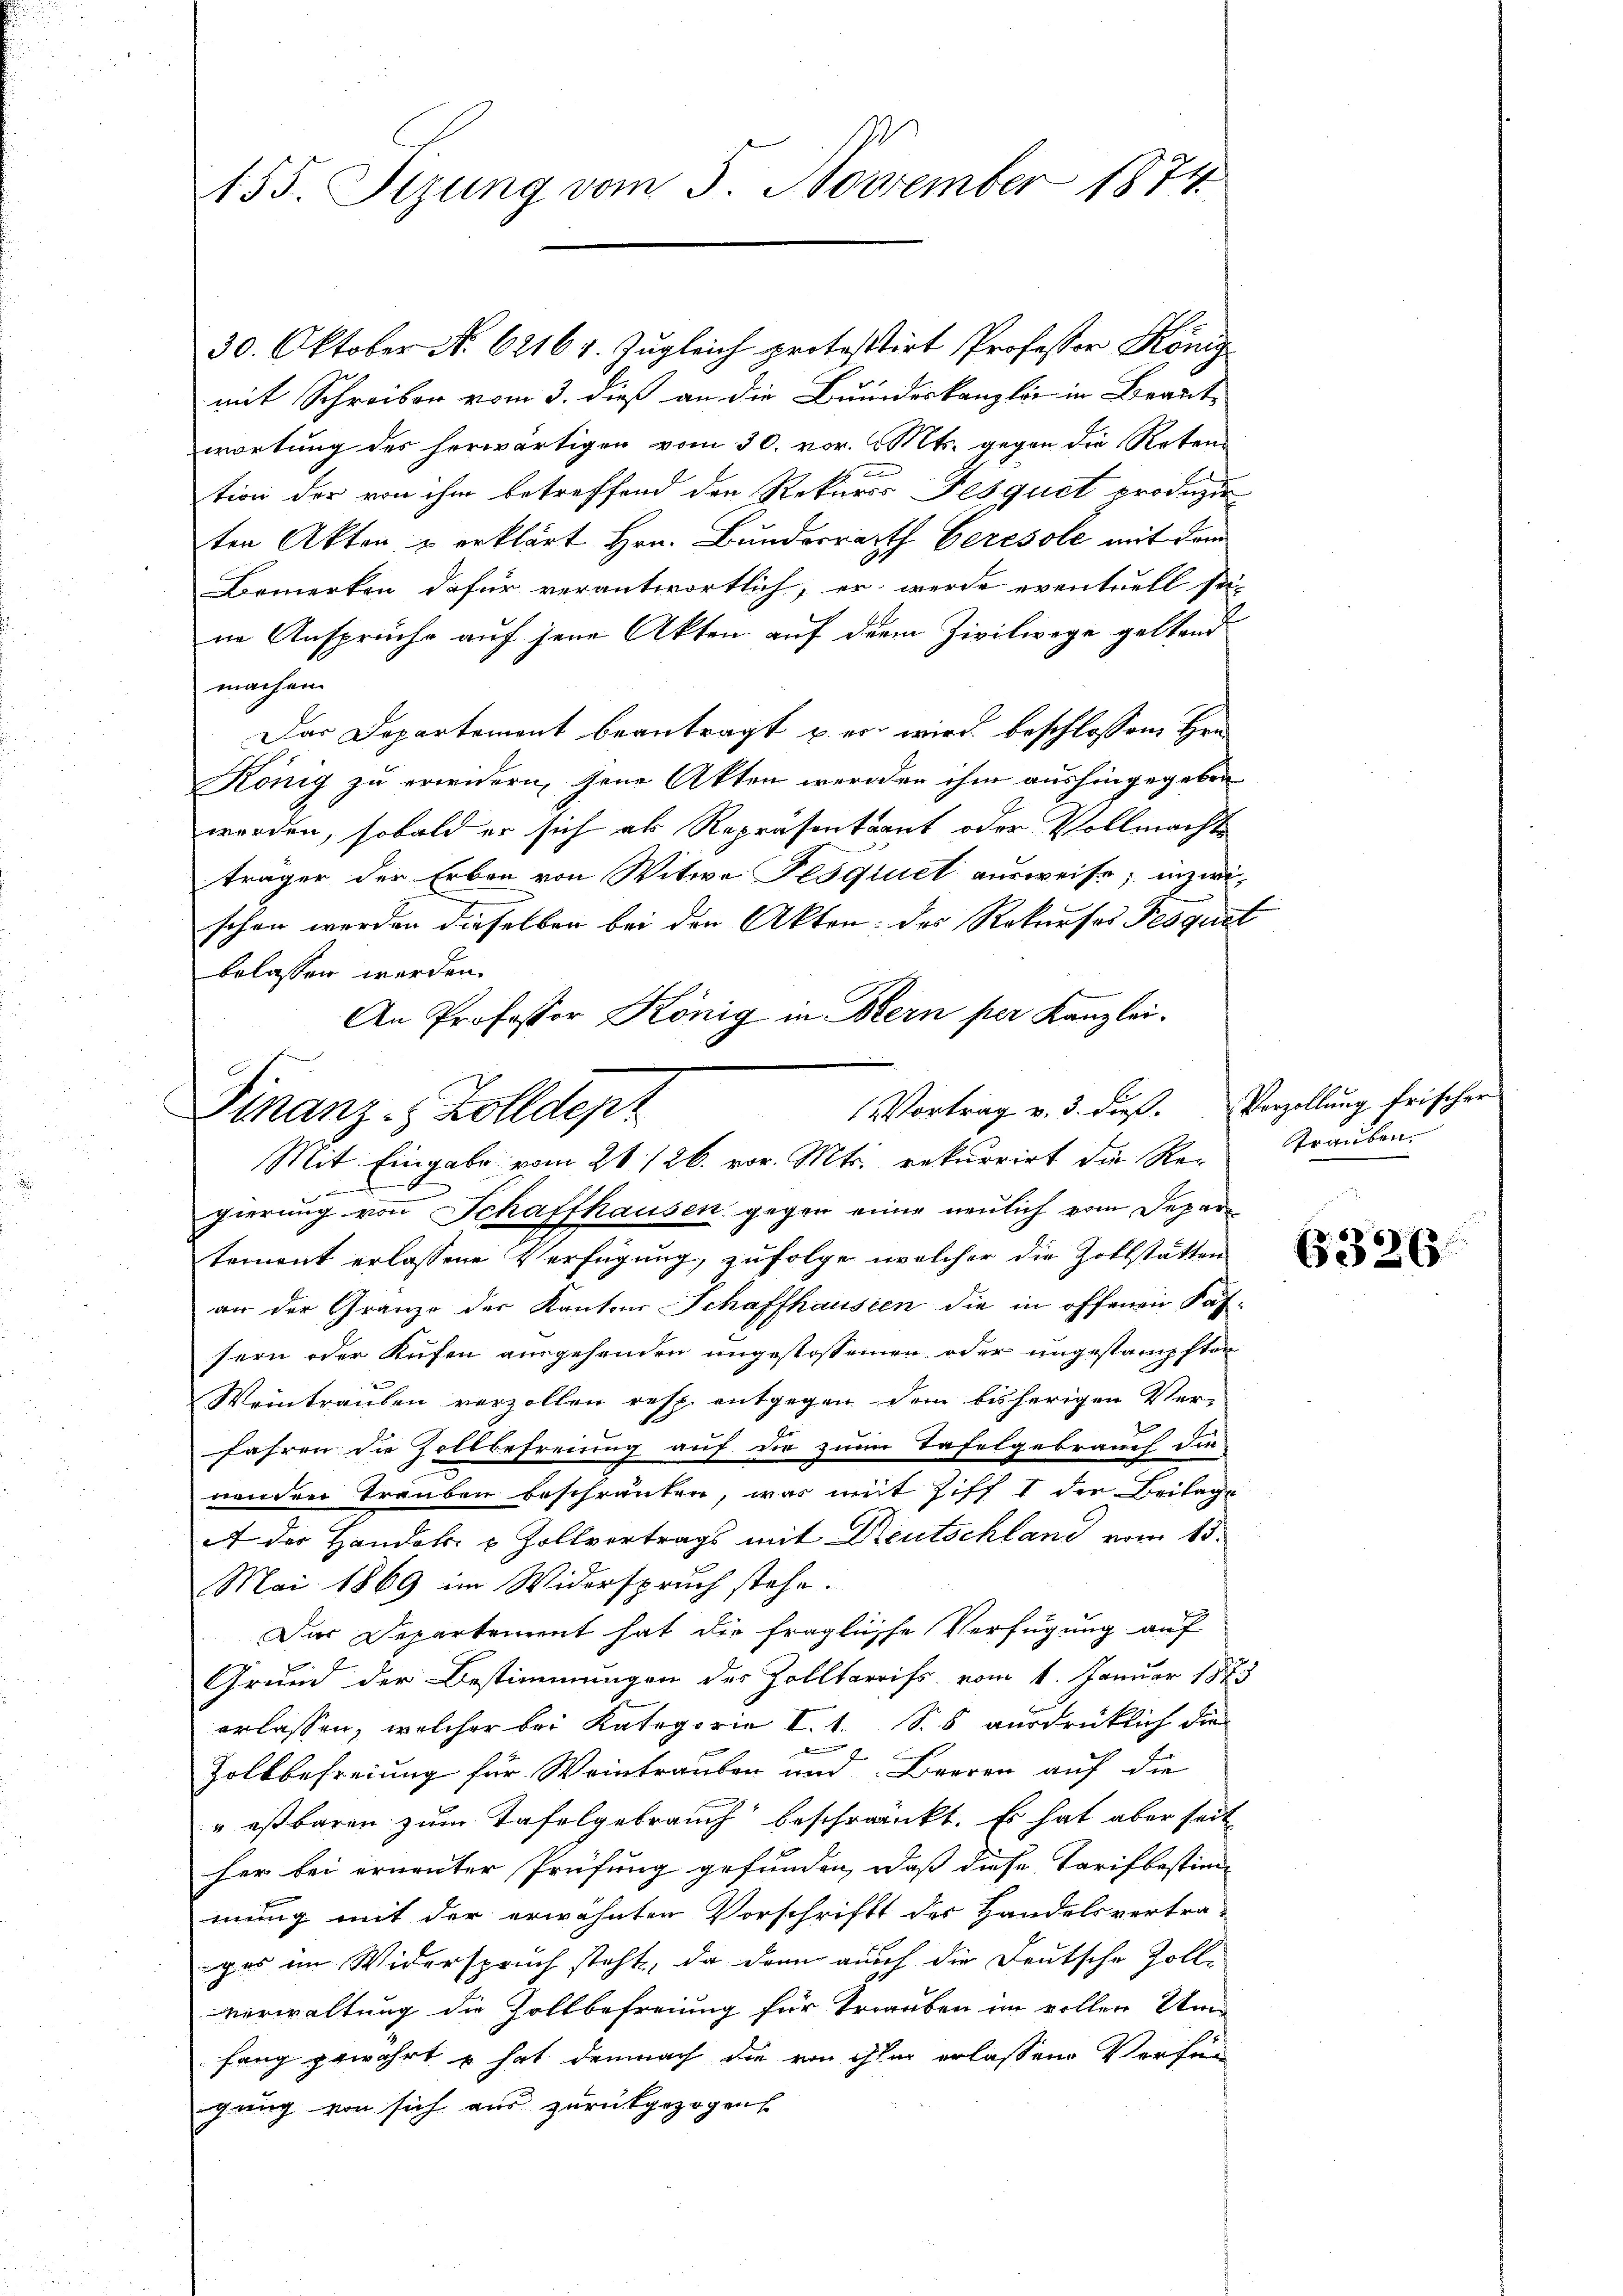
155. Sizung vom 5. November 1874

30. Oktober No 62161. Zugleich protestirt Professor König
mit Schreiben vom 3. dieß an die Bundeskanzlei in Beant-
wortung des herwärtigen vom 30. vor. Mts. gegen die Roten-

tion der von ihm betreffend den Rekurss Tesquit produzir
ten Akten u erklärt Hrn. Bunderrath Ceresole mit dem
Bemerken dafür verantwortlich, er werde eventuell sei
ne Ansprüche auf jene Akten auf der Zivilwege geltend
machen.
Das Departement beantragt u. er wird beschlossene Hrn.
König zu erwidern, jene Akten werden ihm aushingegeben
worden, sobald er sich als Repräsentant oder Vollmachte
träger der Erben von Witwe Flöqiuet ausweise; inzwischon werden dieselben bei den Akten: des Rekurses Fesquet
belassen werden.
An Professor König in Bern per Kanzlei.
.
b
gierung von Schaffhausen, gegen eine neulich vom Depar-
tement erlassene Verfügung, zufolge welcher die Zollstätten
an der Granze des Kantons Schaffhausien die in offenen Fas-
sern oder Aufen angehenden ungestossenen oder angestampften
Weintrauben verzollen resp. entgegen dem bisherigen Verfahren die Zollbefreiung auf die zum Tafelgebrauch die
nenden Trauben beschränken, was mit Ziff I der Beilage
A der Handels- & Zollvertrags mit Deutschland vom 15.
Mai 1869 im Widerspruch stehe.
Das Departement hat die fragliche Verfügung auf
Grund der Bestimmungen des Zolltarriss vom 1. Januar 1873
erlassen, welcher bei Kategorie I. 1. S. 8 ausdrücklich die
E
Zoltbefreiung für Weintrauben und Berren auf die
"estbaren zum Tafelgebrauch beschränkt. Es hat aber seit
her bei erneuter Prüfung gefunden, daß diese Tarifbestim-
mung mit der erwähnten Vorschriftt der Handelsvertra-
ges im Widerspruch steht, da dern auch die Deutsche Zoll-
verwaltung die Zollbefreiung für Trauben im vollen Um
fang gewährt u. hat demnach die von ihre erlassen Verfüg
gung von sich aus zurückgezogen

Finanz-Zolldept
Mit Eingabe vom 21. 126. vor. Mts. rekurrirt die Re- Trauben.

Vortrag v. 3. die Verzellung frischer

B326.